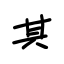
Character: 其